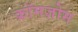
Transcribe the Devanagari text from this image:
क्रॉमज़ोम